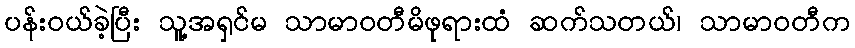
ပန်းဝယ်ခဲ့ပြီး သူ့အရှင်မ သာမာဝတီမိဖုရားထံ ဆက်သတယ်၊ သာမာဝတီက